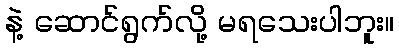
နဲ့ ဆောင်ရွက်လို့ မရသေးပါဘူး။